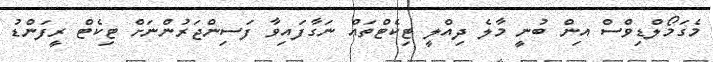
މެގަމޯލްޑިވްސް އިން ބުނީ މާލެ ދިއްލީ ޓިކެޓްތައް ނަގާފައިވާ ފަސިންޖަރުންނަށް ޓިކެޓް ރީފަންޑު